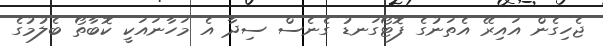
ޖެހިގެން އައިރޭ އެތަނުގެ ފޮޓޯގަނޑު ގެނެސް ސިދާ އެ މަހާނައަކީ ކޮބާތޯ ބެލުމުގެ